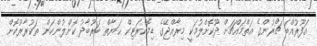
އަފޫރުއްބަ ޗޯރުންގެ އަތްމައްޗަށް ދޫކޮށްލުމަކީ މިރާއްޖޭގެ ޑިމޮކްރަޓިކް ޙަޔާތް ބަރުބާދު ކޮށްލުންކަން ތަކުރާރުކޮށް